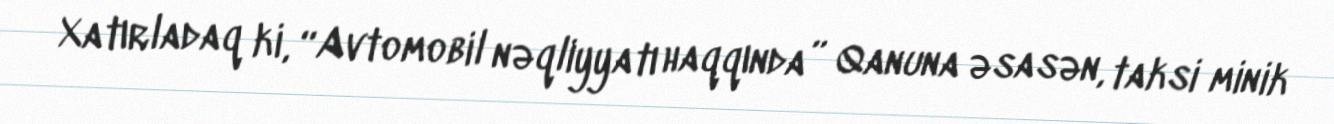
Xatırladaq ki, “Avtomobil nəqliyyatı haqqında” Qanuna əsasən, taksi minik